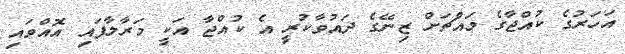
އަހަރުގެ ކުއްޖާގެ މައްޗަށް ޒިނޭގެ ދައުވާކުރީ އެ ކުއްޖާ އަކީ މަރާލާފައި އޮއްވައި